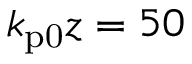
k _ { \mathrm { p 0 } } z = 5 0